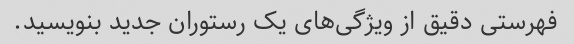
فهرستی دقیق از ویژگی‌های یک رستوران جدید بنویسید.